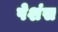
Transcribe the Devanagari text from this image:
पेशंस